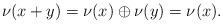
LaTeX: \begin{align*}\nu(x+y)=\nu(x)\oplus \nu(y)=\nu(x).\end{align*}